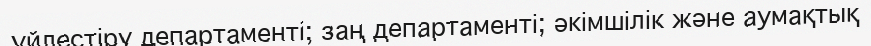
үйлестіру департаменті; заң департаменті; әкімшілік және аумақтық